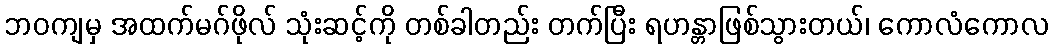
ဘဝကျမှ အထက်မဂ်ဖိုလ် သုံးဆင့်ကို တစ်ခါတည်း တက်ပြီး ရဟန္တာဖြစ်သွားတယ်၊ ကောလံကောလ